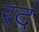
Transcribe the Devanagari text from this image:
रदं